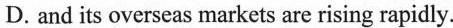
D.and its overseas markets are rising rapidly.